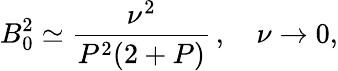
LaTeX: B_{0}^{2}\simeq\frac{\nu^{2}}{P^{2}(2+P)}\, ,\quad\nu\to 0,